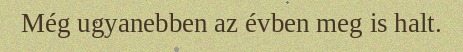
Még ugyanebben az évben meg is halt.